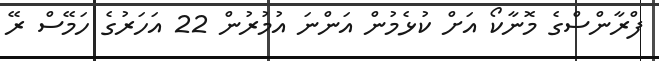
ފްރާންސްގެ މޮނާކޯ އަށް ކުޅެމުން އަންނަ އުމުރުން 22 އަހަރުގެ ހަމޭސް ރޭ